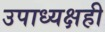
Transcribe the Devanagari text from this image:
उपाध्यक्षही